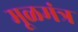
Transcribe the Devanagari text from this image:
मूळमंत्र